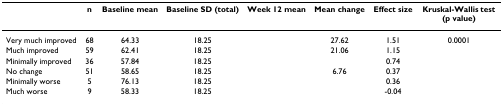
<table><thead><tr><td>[EMPTY_CELL]</td><td><b>n</b></td><td><b>Baseline mean</b></td><td><b>Baseline SD (total)</b></td><td><b>Week 12 mean</b></td><td><b>Mean change</b></td><td><b>Effect size</b></td><td><b>Kruskal-Wallis test (p value)</b></td></tr></thead><tbody><tr><td>Very much improved</td><td>68</td><td>64.33</td><td>18.25</td><td>[EMPTY_CELL]</td><td>27.62</td><td>1.51</td><td>0.0001</td></tr><tr><td>Much improved</td><td>59</td><td>62.41</td><td>18.25</td><td>[EMPTY_CELL]</td><td>21.06</td><td>1.15</td><td>[EMPTY_CELL]</td></tr><tr><td>Minimally improved</td><td>36</td><td>57.84</td><td>18.25</td><td>[EMPTY_CELL]</td><td>[EMPTY_CELL]</td><td>0.74</td><td>[EMPTY_CELL]</td></tr><tr><td>No change</td><td>51</td><td>58.65</td><td>18.25</td><td>[EMPTY_CELL]</td><td>6.76</td><td>0.37</td><td>[EMPTY_CELL]</td></tr><tr><td>Minimally worse</td><td>5</td><td>76.13</td><td>18.25</td><td>[EMPTY_CELL]</td><td>[EMPTY_CELL]</td><td>0.36</td><td>[EMPTY_CELL]</td></tr><tr><td>Much worse</td><td>9</td><td>58.33</td><td>18.25</td><td>[EMPTY_CELL]</td><td>[EMPTY_CELL]</td><td>-0.04</td><td>[EMPTY_CELL]</td></tr></tbody></table>